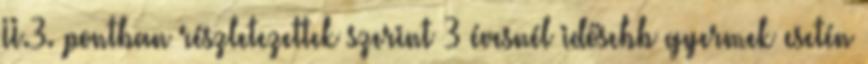
II.3. pontban részletezettek szerint 3 évesnél idősebb gyermek esetén